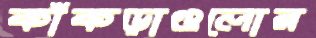
কাঁকড়াগুলোর